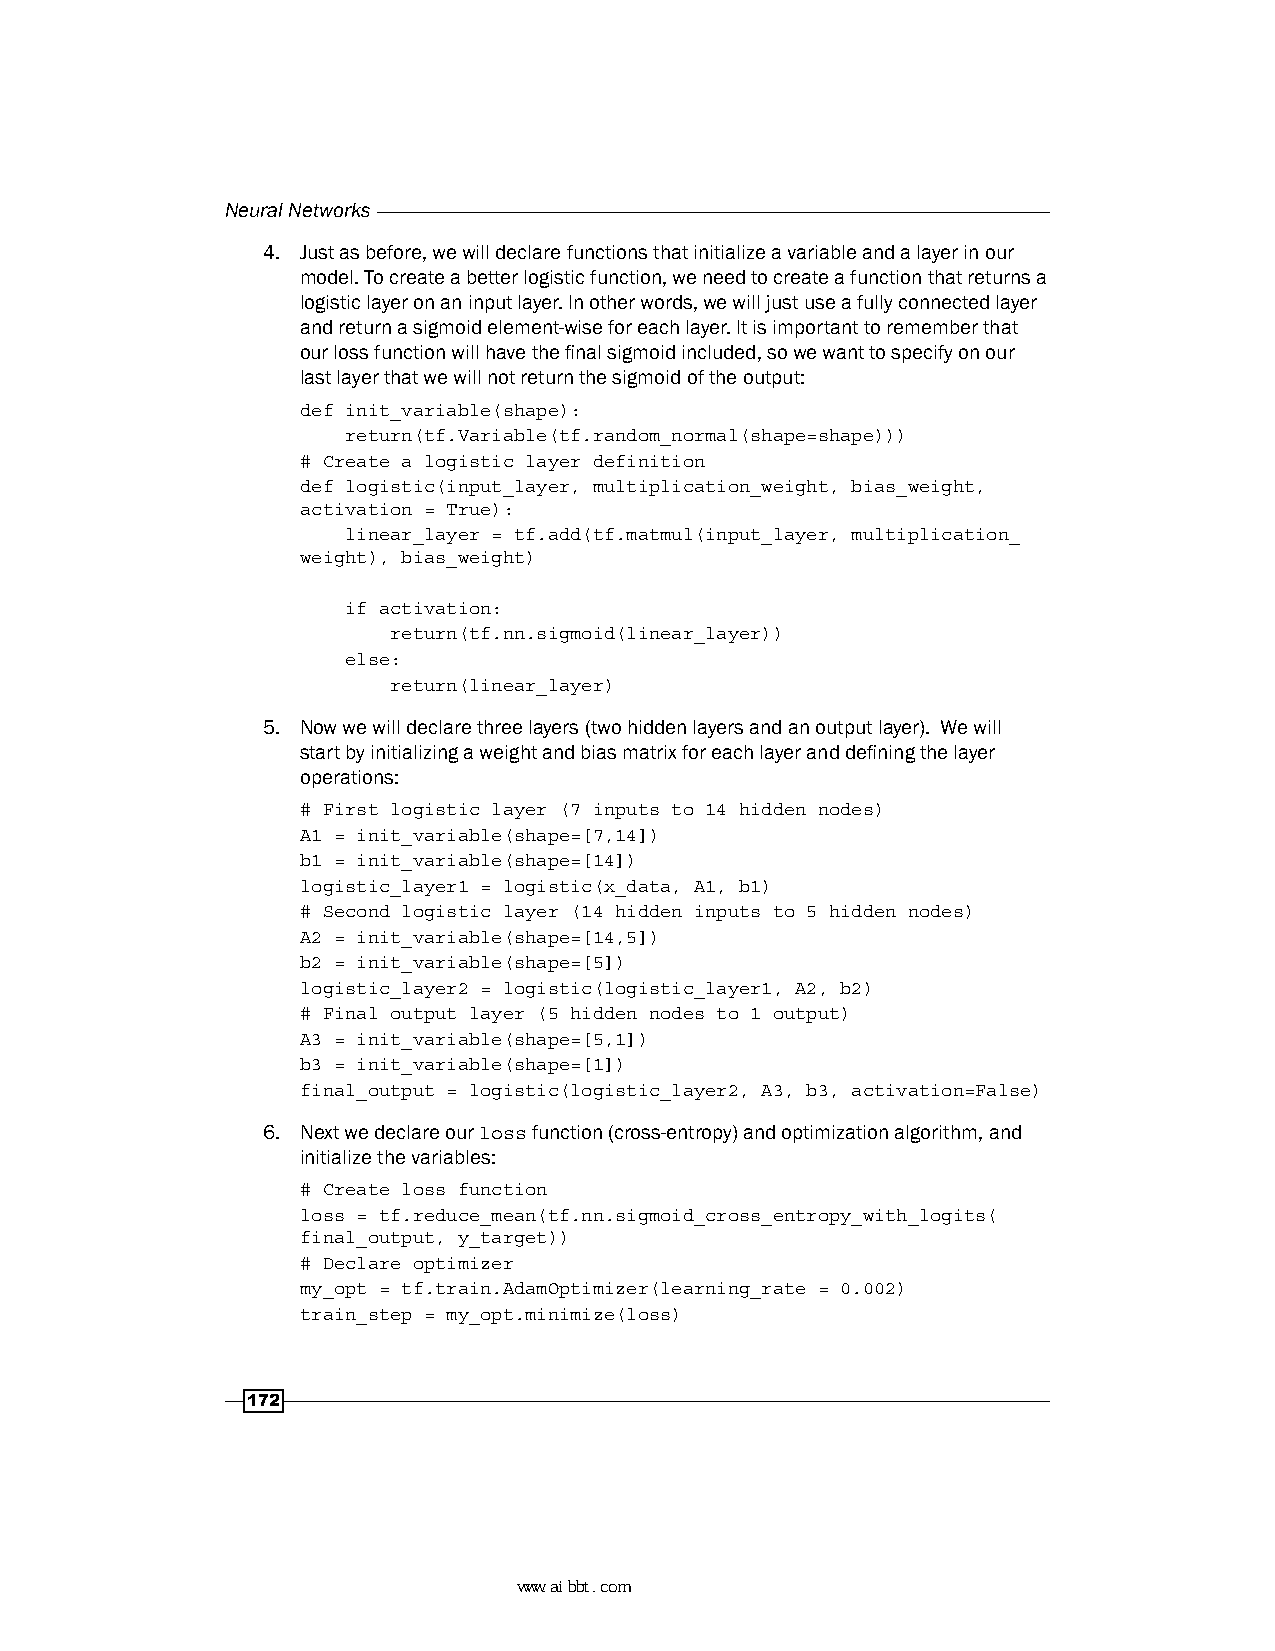
Neural Networks
 4. Just as before, we will declare functions that initialize a variable and a layer in our
 model. To create a better logistic function, we need to create a function that returns a
 logistic layer on an input layer. In other words, we will just use a fully connected layer
 and return a sigmoid element-wise for each layer. It is important to remember that
 our loss function will have the final sigmoid included, so we want to specify on our
 last layer that we will not return the sigmoid of the output:
 def init_variable(shape):
 return(tf.Variable(tf.random_normal(shape=shape)))
 # Create a logistic layer definition
 def logistic(input_layer, multiplication_weight, bias_weight,
 activation = True):
 linear_layer = tf.add(tf.matmul(input_layer, multiplication_
 weight), bias_weight)
 if activation:
 return(tf.nn.sigmoid(linear_layer))
 else:
 return(linear_layer)
 5. Now we will declare three layers (two hidden layers and an output layer). We will
 start by initializing a weight and bias matrix for each layer and defining the layer
 operations:
 # First logistic layer (7 inputs to 14 hidden nodes)
 A1 = init_variable(shape=[7,14])
 b1 = init_variable(shape=[14])
 logistic_layer1 = logistic(x_data, A1, b1)
 # Second logistic layer (14 hidden inputs to 5 hidden nodes)
 A2 = init_variable(shape=[14,5])
 b2 = init_variable(shape=[5])
 logistic_layer2 = logistic(logistic_layer1, A2, b2)
 # Final output layer (5 hidden nodes to 1 output)
 A3 = init_variable(shape=[5,1])
 b3 = init_variable(shape=[1])
 final_output = logistic(logistic_layer2, A3, b3, activation=False)
 6. Next we declare our loss function (cross-entropy) and optimization algorithm, and
 initialize the variables:
 # Create loss function
 loss = tf.reduce_mean(tf.nn.sigmoid_cross_entropy_with_logits(
 final_output, y_target))
 # Declare optimizer
 my_opt = tf.train.AdamOptimizer(learning_rate = 0.002)
 train_step = my_opt.minimize(loss)
 172
 www.aibbt.com 让未来触手可及